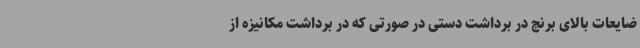
ضایعات بالای برنج در برداشت دستی در صورتی که در برداشت مکانیزه از